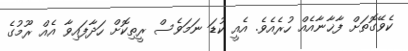
ކެވޭގޮތަށް ފާޚާނާއެއް ހުރެއެވެ. އެއީ ކުޑަ ނަމަވެސް ރީތިކޮށް ހަދާފައިވާ އެއް ރޫމުގެ